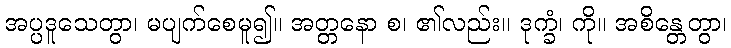
အပ္ပဒူသေတွာ၊ မပျက်စေမူ၍။ အတ္တနော စ၊ ၏လည်း။ ဒုက္ခံ၊ ကို။ အစိန္တေတွာ၊